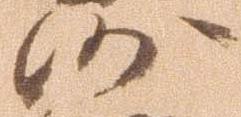
沙